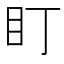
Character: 盯